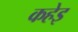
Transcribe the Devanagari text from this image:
कहेइ